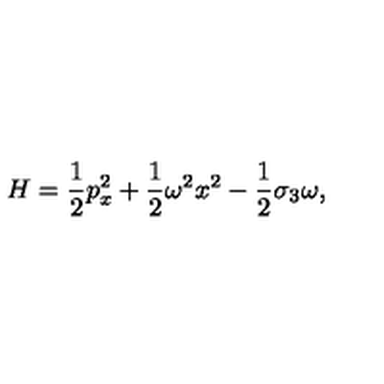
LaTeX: H = \frac { 1 } { 2 } p _ { x } ^ { 2 } + \frac { 1 } { 2 } \omega ^ { 2 } x ^ { 2 } - \frac { 1 } { 2 } \sigma _ { 3 } \omega ,